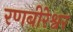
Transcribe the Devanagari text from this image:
रणबीरेश्वर